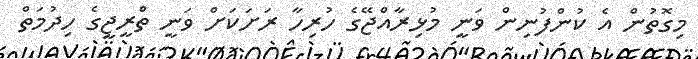
މިގޮތުން އެ ކުންފުނިން ވަނީ މުޅިރާއްޖޭގެ ހުރިހާ ރަށަކަށް ވަނީ ތްރީޖީގެ ހިދުމަތް